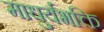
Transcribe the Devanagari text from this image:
माधुर्यभक्ति